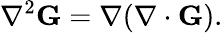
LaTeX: \nabla^{2}\mathbf{G}=\mathbf{\nabla}(\mathbf{\nabla}\cdot{}\mathbf{G}).